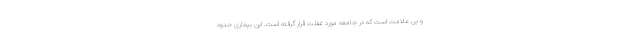
و بی علامت است که در جامعه مورد غفلت قرار گرفته است. این بیماری حدود